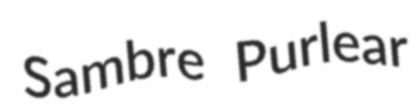
Sambre Purlear